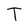
Character: T